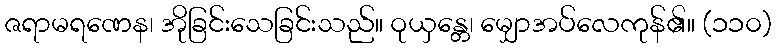
ဇရာမရဏေန၊ အိုခြင်းသေခြင်းသည်။ ဝုယှန္တေ၊ မျှောအပ်လေကုန်၏။ (၁၁၀)